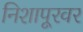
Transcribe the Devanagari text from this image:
निशापूरवर